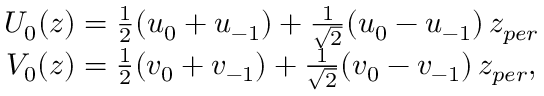
\begin{array} { c } { { U _ { 0 } ( z ) = \frac 1 2 ( u _ { 0 } + u _ { - 1 } ) + \frac 1 { \sqrt { 2 } } ( u _ { 0 } - u _ { - 1 } ) \, z _ { p e r } } } \\ { { V _ { 0 } ( z ) = \frac 1 2 ( v _ { 0 } + v _ { - 1 } ) + \frac 1 { \sqrt { 2 } } ( v _ { 0 } - v _ { - 1 } ) \, z _ { p e r } , } } \end{array}